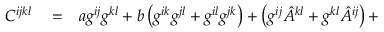
\begin{array} { r l r } { C ^ { i j k l } } & { { } = } & { a g ^ { i j } g ^ { k l } + b \left( g ^ { i k } g ^ { j l } + g ^ { i l } g ^ { j k } \right) + \left( g ^ { i j } { \hat { A } } ^ { k l } + g ^ { k l } { \hat { A } } ^ { i j } \right) + } \end{array}